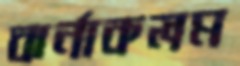
ঝর্নাকলম